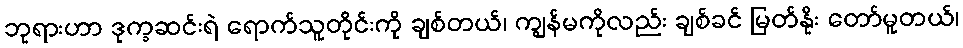
ဘုရားဟာ ဒုက္ခဆင်းရဲ ရောက်သူတိုင်းကို ချစ်တယ်၊ ကျွန်မကိုလည်း ချစ်ခင် မြတ်နိုး တော်မူတယ်၊